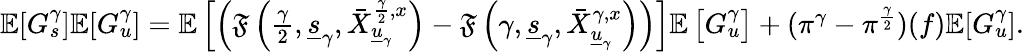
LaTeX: \begin{array}{r}{\mathbb{E}[G_{s}^{\gamma}]\mathbb{E}[G_{u}^{\gamma}]=\mathbb{E}\left[\left(\mathfrak{F}\left(\frac{\gamma}{2},\underline{{s}}_{\gamma},\bar{X}_{\underline{{u}}_{\gamma}}^{\frac{\gamma}{2},x}\right)-\mathfrak{F}\left({\gamma},\underline{{s}}_{\gamma},\bar{X}_{\underline{{u}}_{\gamma}}^{\gamma,x}\right)\right)\right]\mathbb{E}\left[G_{u}^{\gamma}\right]+(\pi^{\gamma}-\pi^{\frac{\gamma}{2}})(f)\mathbb{E}[G_{u}^{\gamma}].}\end{array}